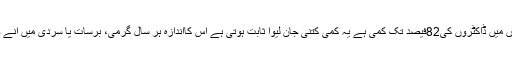
دیہی و دشوار گزار علاقوں میں ڈاکٹروں کی82فیصد تک کمی ہے یہ کمی کتنی جان لیوا ثابت ہوتی ہے اس کااندازہ ہر سال گرمی، برسات یا سردی میں آنے والی خبروں سے ہوتا ہے۔